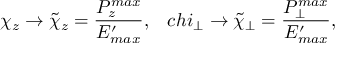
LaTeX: \chi _ { z } \rightarrow \tilde { \chi } _ { z } = \frac { P _ { z } ^ { m a x } } { E _ { m a x } ^ { \prime } } , \ \ \, c h i _ { \bot } \rightarrow \tilde { \chi } _ { \bot } = \frac { P _ { \bot } ^ { m a x } } { E _ { m a x } ^ { \prime } } ,